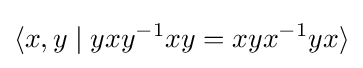
\langle x,y\mid yxy^{-1}xy=xyx^{-1}yx\rangle